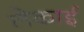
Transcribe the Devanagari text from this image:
लेकाई